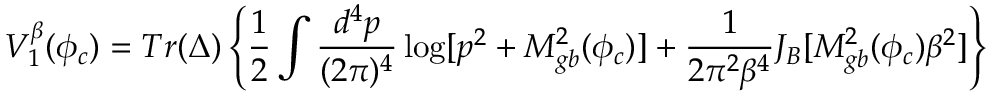
V _ { 1 } ^ { \beta } ( \phi _ { c } ) = T r ( \Delta ) \left\{ \frac { 1 } { 2 } \int \frac { d ^ { 4 } p } { ( 2 \pi ) ^ { 4 } } \log [ p ^ { 2 } + M _ { g b } ^ { 2 } ( \phi _ { c } ) ] + \frac { 1 } { 2 \pi ^ { 2 } \beta ^ { 4 } } J _ { B } [ M _ { g b } ^ { 2 } ( \phi _ { c } ) \beta ^ { 2 } ] \right\}